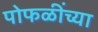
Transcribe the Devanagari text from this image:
पोफळींच्या